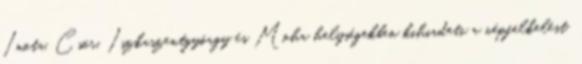
Inota, Csór, Iszkaszentgyörgy és Moha helységekben kihirdeti a népfelkelést.